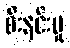
စီးနင်းမှု